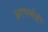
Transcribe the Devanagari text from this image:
अरणभेंडी